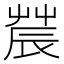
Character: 𨑆